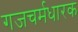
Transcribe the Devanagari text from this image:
गजचर्मधारक